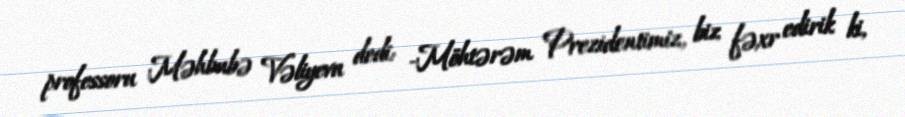
professoru Məhbubə Vəliyeva dedi: -Möhtərəm Prezidentimiz, biz fəxr edirik ki,